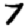
Digit: 7